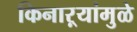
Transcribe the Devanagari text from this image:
किनाऱ्यांमुळे